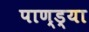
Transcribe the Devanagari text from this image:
पाण्ड्या